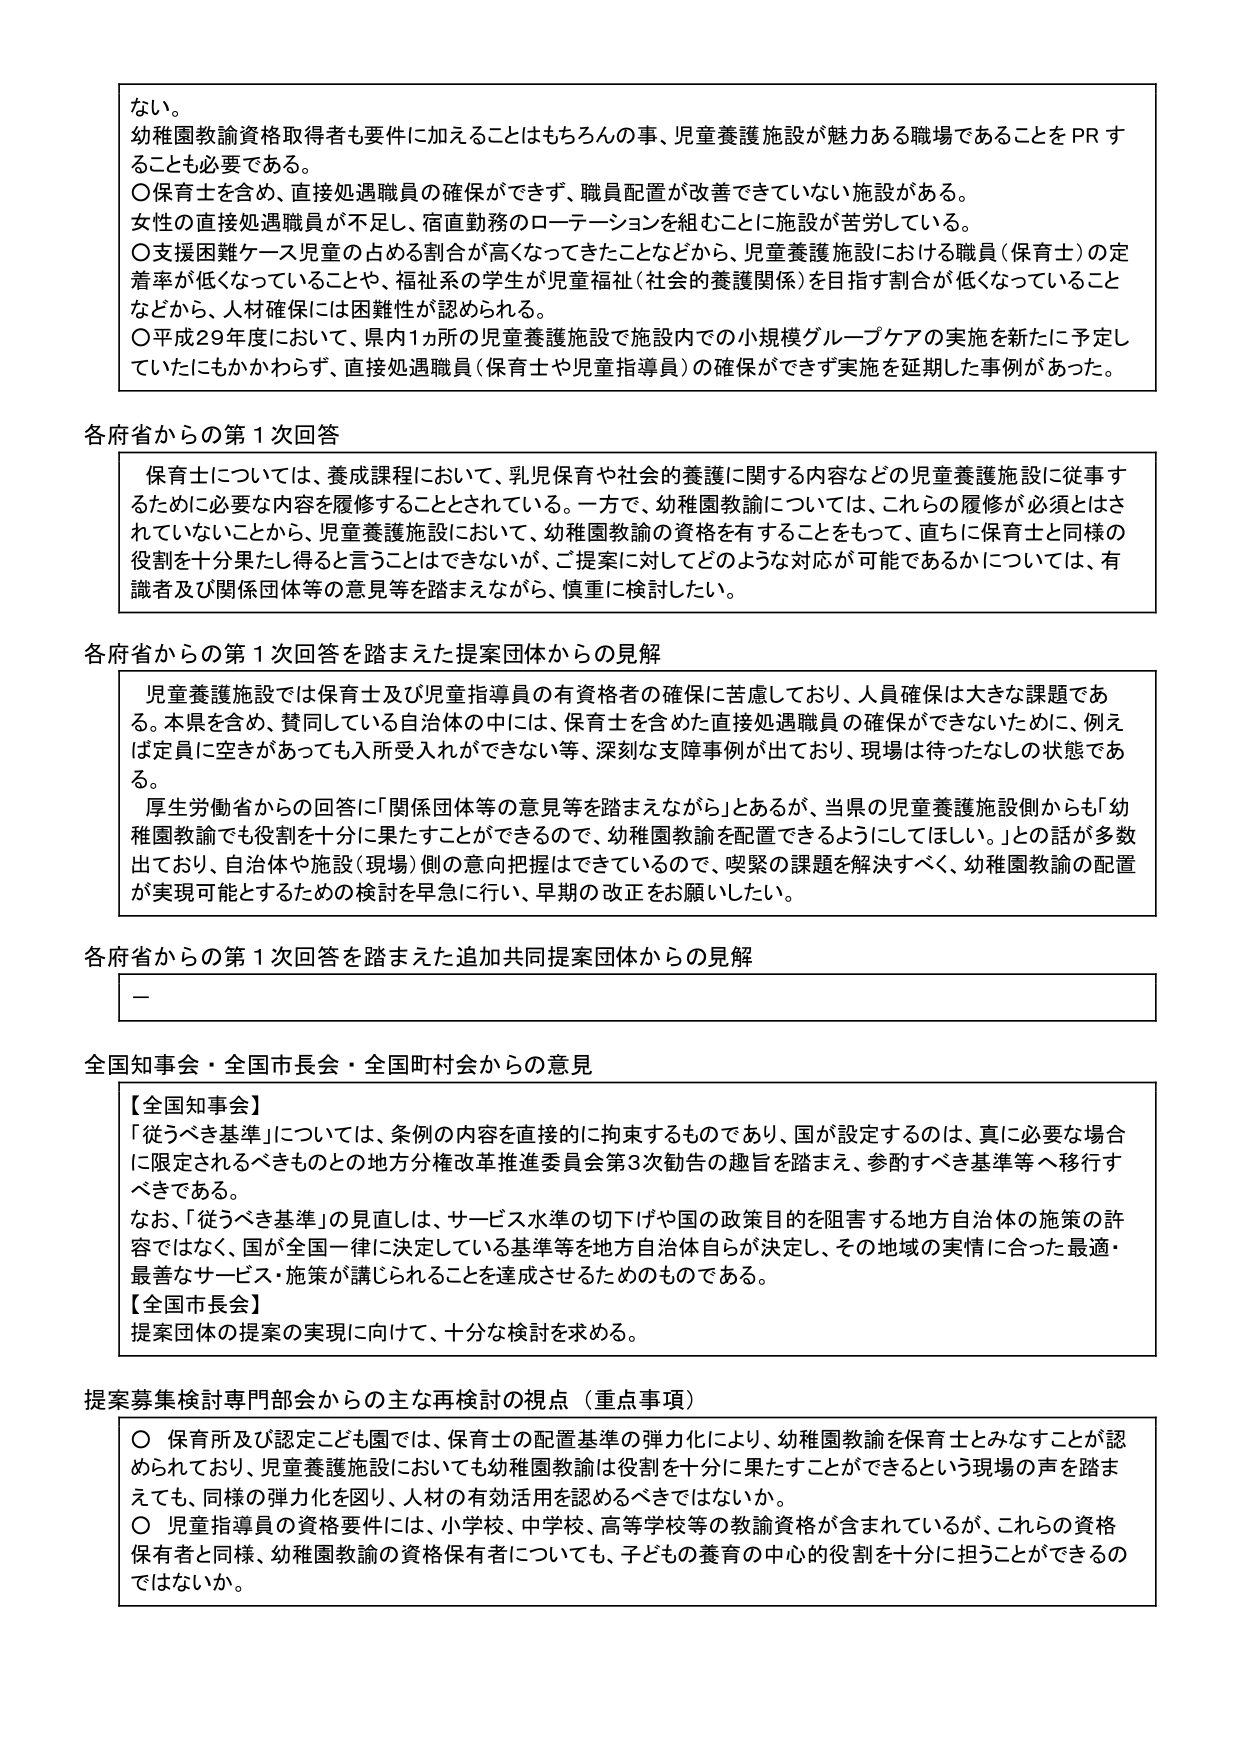
ない。
幼稚園教諭資格取得者も要件に加えることはもちろんの事、児童養護施設が魅力ある職場であることをPRすることも必要である。
○保育士を含め、直接処遇職員の確保ができず、職員配置が改善できていない施設がある。
女性の直接処遇職員が不足し、宿直勤務のローテーションを組むことに施設が苦労している。
○支援困難ケース児童の占める割合が高くなってきたことなどから、児童養護施設における職員（保育士）の定着率が低くなっていることや、福祉系の学生が児童福祉（社会的養護関係）を目指す割合が低くなっていることなどから、人材確保には困難性が認められる。
○平成29年度において、県内1か所の児童養護施設で施設内での小規模グループケアの実施を新たに予定していたにもかかわらず、直接処遇職員（保育士や児童指導員）の確保ができず実施を延期した事例があった。

各府省からの第1次回答
保育士については、養成課程において、乳児保育や社会的養護に関する内容などの児童養護施設に従事するために必要な内容を履修することとされている。一方で、幼稚園教諭については、これらの履修が必須とされていないことから、児童養護施設において、幼稚園教諭の資格を有することをもって、直ちに保育士と同様の役割を十分果たし得ると言うことはできないが、ご提案に対してどのような対応が可能であるかについては、有識者及び関係団体等の意見等を踏まえながら、慎重に検討したい。

各府省からの第1次回答を踏まえた提案団体からの見解
児童養護施設では保育士及び児童指導員の有資格者の確保に苦慮しており、人員確保は大きな課題である。本県を含め、賛同している自治体の中には、保育士を含めた直接処遇職員の確保ができないために、例えば定員に空きがあっても入所受入れができなど、深刻な支援事例が出ており、現場は待ったなしの状態である。
厚生労働省からの回答に「関係団体等の意見等を踏まえながら」とあるが、当県の児童養護施設側からも「幼稚園教諭でも役割を十分に果たすことができるのでは、幼稚園教諭を配置できるようにしてほしい。」との話が多数出ており、自治体や施設（現場）側の意向把握はできているので、喫緊の課題を解決すべく、幼稚園教諭の配置が実現可能とするための検討を早急に行い、早期の改正をお願いしたい。

各府省からの第1次回答を踏まえた追加共同提案団体からの見解
－

全国知事会・全国市長会・全国町村会からの意見
【全国知事会】
「従うべき基準」については、条例の内容を直接的に拘束するものであり、国が設定するのは、真に必要な場合に限定されるべきものとの地方分権改革推進委員会第3次勧告の趣旨を踏まえ、参酌すべき基準等へ移行すべきである。
なお、「従うべき基準」の見直しは、サービス水準の切下げや国の政策目的を阻害する地方自治体の施策の許容ではなく、国が全国一律に決定している基準等を地方自治体自らが決定し、その地域の実情に合った最適・最善なサービス・施策が講じられることを達成させるためのものである。
【全国市長会】
提案団体の提案の実現に向けて、十分な検討を求める。

提案募集検討専門部会からの主な再検討の視点（重点事項）
○ 保育所及び認定こども園では、保育士の配置基準の弾力化により、幼稚園教諭を保育士とみなすことが認められており、児童養護施設においても幼稚園教諭は役割を十分に果たすことができるという現場の声を踏まえても、同様の弾力化を図り、人材の有効活用を認めるべきではないか。
○ 児童指導員の資格要件には、小学校、中学校、高等学校等の教諭資格が含まれているが、これらの資格保有者と同様、幼稚園教諭の資格保有者についても、子どもの養育の中心的役割を十分に担うことができるのではないか。